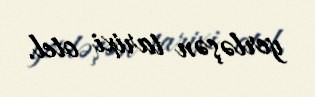
yerləşən tarixi otel.